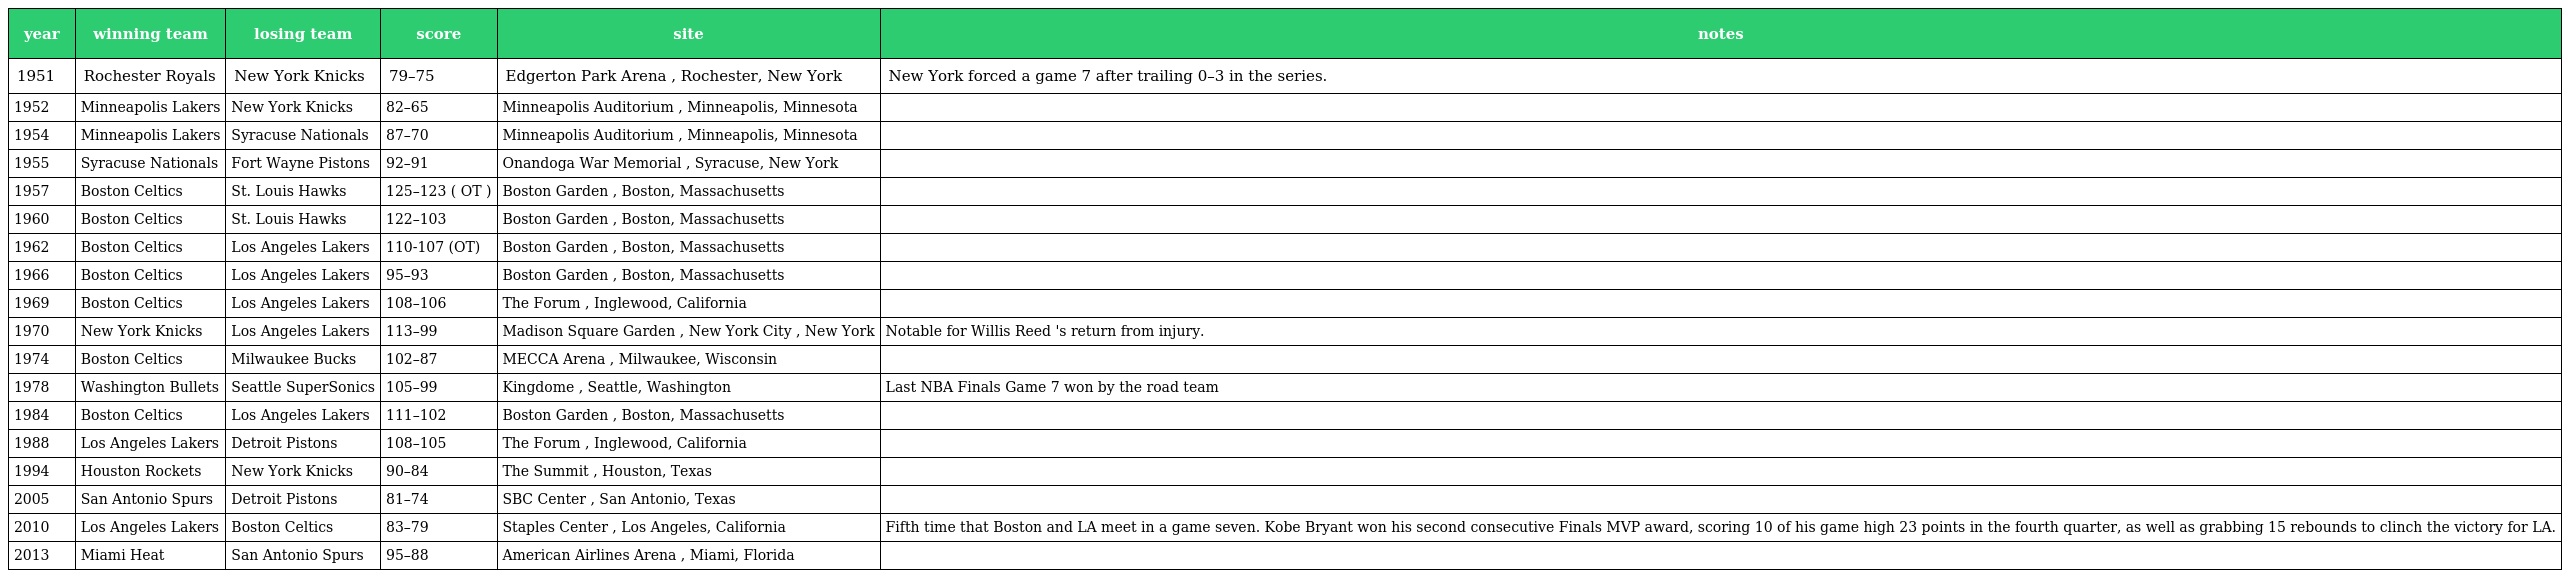
| year | winning team | losing team | score | site | notes |
 | --- | --- | --- | --- | --- | --- |
 | 1951 | Rochester Royals | New York Knicks | 79–75 | Edgerton Park Arena , Rochester, New York | New York forced a game 7 after trailing 0–3 in the series. |
 | 1952 | Minneapolis Lakers | New York Knicks | 82–65 | Minneapolis Auditorium , Minneapolis, Minnesota |  |
 | 1954 | Minneapolis Lakers | Syracuse Nationals | 87–70 | Minneapolis Auditorium , Minneapolis, Minnesota |  |
 | 1955 | Syracuse Nationals | Fort Wayne Pistons | 92–91 | Onandoga War Memorial , Syracuse, New York |  |
 | 1957 | Boston Celtics | St. Louis Hawks | 125–123 ( OT ) | Boston Garden , Boston, Massachusetts |  |
 | 1960 | Boston Celtics | St. Louis Hawks | 122–103 | Boston Garden , Boston, Massachusetts |  |
 | 1962 | Boston Celtics | Los Angeles Lakers | 110-107 (OT) | Boston Garden , Boston, Massachusetts |  |
 | 1966 | Boston Celtics | Los Angeles Lakers | 95–93 | Boston Garden , Boston, Massachusetts |  |
 | 1969 | Boston Celtics | Los Angeles Lakers | 108–106 | The Forum , Inglewood, California |  |
 | 1970 | New York Knicks | Los Angeles Lakers | 113–99 | Madison Square Garden , New York City , New York | Notable for Willis Reed 's return from injury. |
 | 1974 | Boston Celtics | Milwaukee Bucks | 102–87 | MECCA Arena , Milwaukee, Wisconsin |  |
 | 1978 | Washington Bullets | Seattle SuperSonics | 105–99 | Kingdome , Seattle, Washington | Last NBA Finals Game 7 won by the road team |
 | 1984 | Boston Celtics | Los Angeles Lakers | 111–102 | Boston Garden , Boston, Massachusetts |  |
 | 1988 | Los Angeles Lakers | Detroit Pistons | 108–105 | The Forum , Inglewood, California |  |
 | 1994 | Houston Rockets | New York Knicks | 90–84 | The Summit , Houston, Texas |  |
 | 2005 | San Antonio Spurs | Detroit Pistons | 81–74 | SBC Center , San Antonio, Texas |  |
 | 2010 | Los Angeles Lakers | Boston Celtics | 83–79 | Staples Center , Los Angeles, California | Fifth time that Boston and LA meet in a game seven. Kobe Bryant won his second consecutive Finals MVP award, scoring 10 of his game high 23 points in the fourth quarter, as well as grabbing 15 rebounds to clinch the victory for LA. |
 | 2013 | Miami Heat | San Antonio Spurs | 95–88 | American Airlines Arena , Miami, Florida |  |